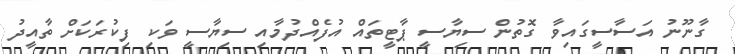
ގާނޫނު އަސާސީގައިވާ ގޮތުން ސިޔާސީ ޕާޓީތައް އުފެއްދުމާއި ސިޔާސީ ވަކި ފިކުރަކަށް ތާއީދު